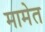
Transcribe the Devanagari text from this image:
मामेत